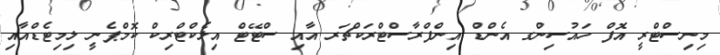
މިނިސްޓްރީ އޮފް ހައުސިންގ އެންޑް އިންފްރާސްޓްރަކްޗަރ އާއި ސްޓޭޓް އިލެކްޓްރިކް ކޮމްޕެނީ ލިމިޓެޑްއާއި